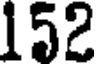
152